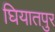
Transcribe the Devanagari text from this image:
घियातपुर